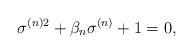
LaTeX: \begin{align*}\sigma^{(n)2}+ \beta_n \sigma^{(n)} +1 =0,\end{align*}